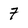
Character: 7